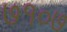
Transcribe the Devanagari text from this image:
७१०७